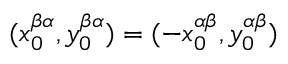
( x _ { 0 } ^ { \beta \alpha } , y _ { 0 } ^ { \beta \alpha } ) = ( - x _ { 0 } ^ { \alpha \beta } , y _ { 0 } ^ { \alpha \beta } )